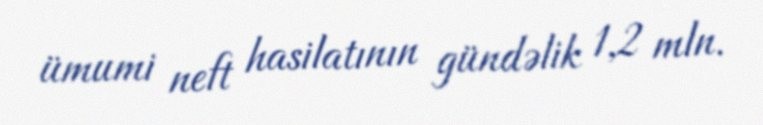
ümumi neft hasilatının gündəlik 1,2 mln.